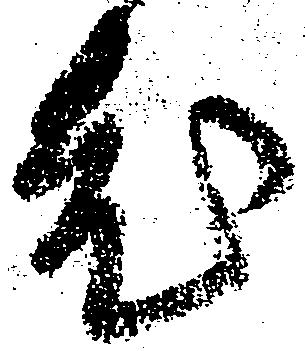
老